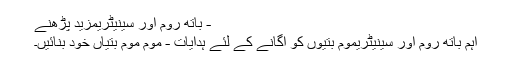
- باتھ روم اور سینیٹریمزید پڑھنے
اہم باتھ روم اور سینیٹریموم بتیوں کو اگانے کے لئے ہدایات - موم موم بتیاں خود بنائیں۔